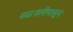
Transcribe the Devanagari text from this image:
बळवलीपासून